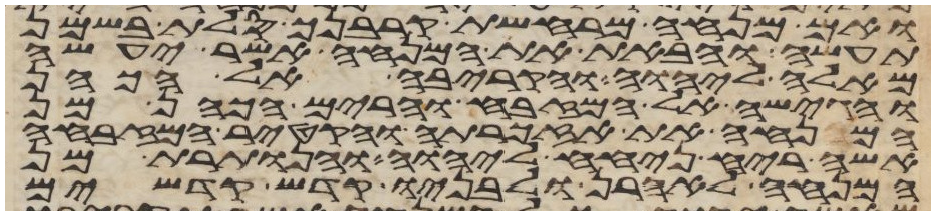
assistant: ואם מנחה מרחשת קרבנך סלת בשמן
תעשה והבאת את המנחה אשר יעשה
מאלה ליהוה והקריבה אל הכהן
והגישה אל המזבח והרים הכהן מן
המנחה את אזכרתה והקטיר המזבחה
אשה ריח ניחח ליהוה והנותרת מן
המנחה לאהרן ולבניו קדש קדשים